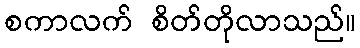
စကာလက် စိတ်တိုလာသည်။